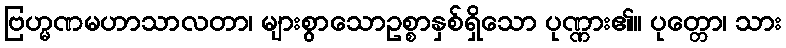
ဗြဟ္မဏမဟာသာလတာ၊ များစွာသောဥစ္စာနှစ်ရှိသော ပုဏ္ဏား၏။ ပုတ္တော၊ သား